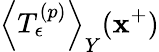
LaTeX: \left\langle T_{\epsilon}^{\left(p\right)}\right\rangle_{Y}(\mathbf{x}^{+})